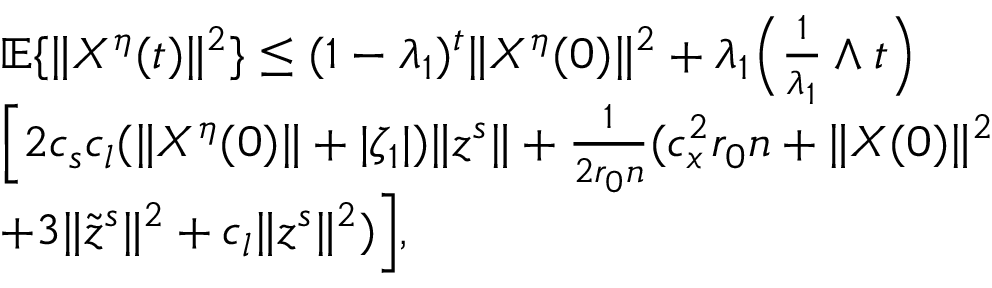
\begin{array} { r l } & { \mathbb { E } \{ \| X ^ { \eta } ( t ) \| ^ { 2 } \} \le ( 1 - \lambda _ { 1 } ) ^ { t } \| X ^ { \eta } ( 0 ) \| ^ { 2 } + \lambda _ { 1 } \Big ( \frac { 1 } { \lambda _ { 1 } } \wedge t \Big ) } \\ & { \Big [ 2 c _ { s } c _ { l } ( \| X ^ { \eta } ( 0 ) \| + | \zeta _ { 1 } | ) \| z ^ { s } \| + \frac { 1 } { 2 r _ { 0 } n } ( c _ { x } ^ { 2 } r _ { 0 } n + \| X ( 0 ) \| ^ { 2 } } \\ & { + 3 \| \tilde { z } ^ { s } \| ^ { 2 } + c _ { l } \| z ^ { s } \| ^ { 2 } ) \Big ] , } \end{array}